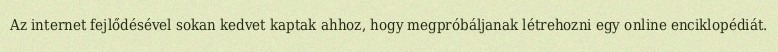
Az internet fejlődésével sokan kedvet kaptak ahhoz, hogy megpróbáljanak létrehozni egy online enciklopédiát.